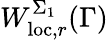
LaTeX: W_{\mathrm{loc},r}^{\Sigma_{1}}(\Gamma)